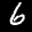
Label: 6